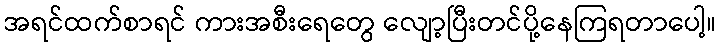
အရင်ထက်စာရင် ကားအစီးရေတွေ လျော့ပြီးတင်ပို့နေကြရတာပေါ့။